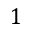
1